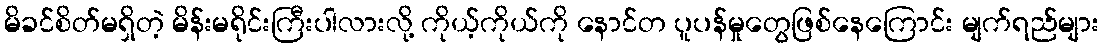
မိခင်စိတ်မရှိတဲ့ မိန်းမရိုင်းကြီးပါလားလို့ ကိုယ့်ကိုယ်ကို နောင်တ ပူပန်မှုတွေဖြစ်နေကြောင်း မျက်ရည်များ